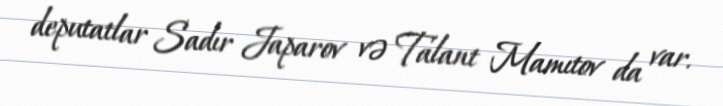
deputatlar Sadır Japarov və Talant Mamıtov da var.